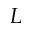
L